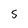
Character: S